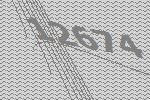
12674